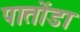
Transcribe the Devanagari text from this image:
पातोंडा